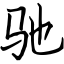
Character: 驰